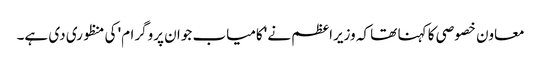
معاون خصوصی کا کہنا تھا کہ وزیراعظم نے 'کامیاب جوان پروگرام' کی منظوری دی ہے۔